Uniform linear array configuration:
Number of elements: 8
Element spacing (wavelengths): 0.75
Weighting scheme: exponential
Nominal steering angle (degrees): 15
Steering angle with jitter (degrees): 15.142
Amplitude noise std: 0.05
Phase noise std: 0.05

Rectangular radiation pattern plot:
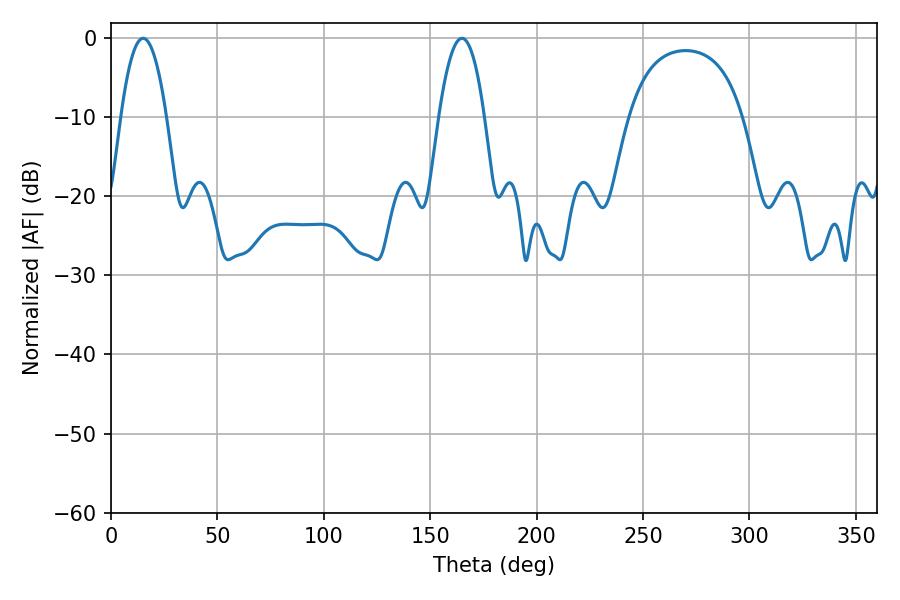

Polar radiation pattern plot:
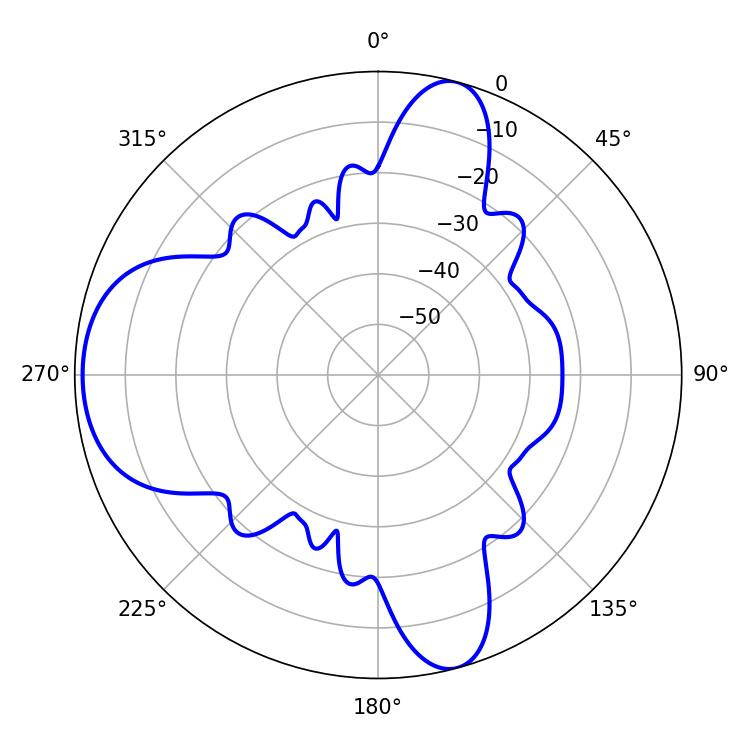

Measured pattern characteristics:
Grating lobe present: TRUE
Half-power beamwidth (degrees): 11.88
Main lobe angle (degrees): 15.12